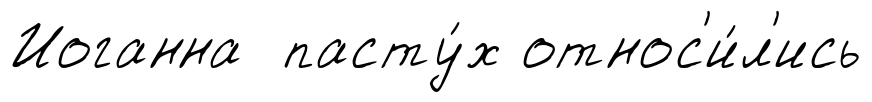
Иоганна пасту́х относ'и́л'ись